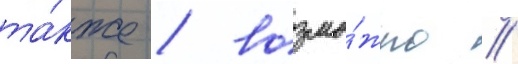
та́кже / возмо́жно /